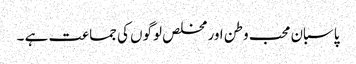
پاسبان محب وطن اور مخلص لوگوں کی جماعت ہے ۔